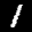
Label: 1